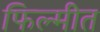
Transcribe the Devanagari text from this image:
फिल्मीत